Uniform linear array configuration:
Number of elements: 64
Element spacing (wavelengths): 1
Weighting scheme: blackman
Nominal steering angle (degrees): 45
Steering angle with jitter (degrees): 43.972
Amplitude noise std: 0.05
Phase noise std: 0.05

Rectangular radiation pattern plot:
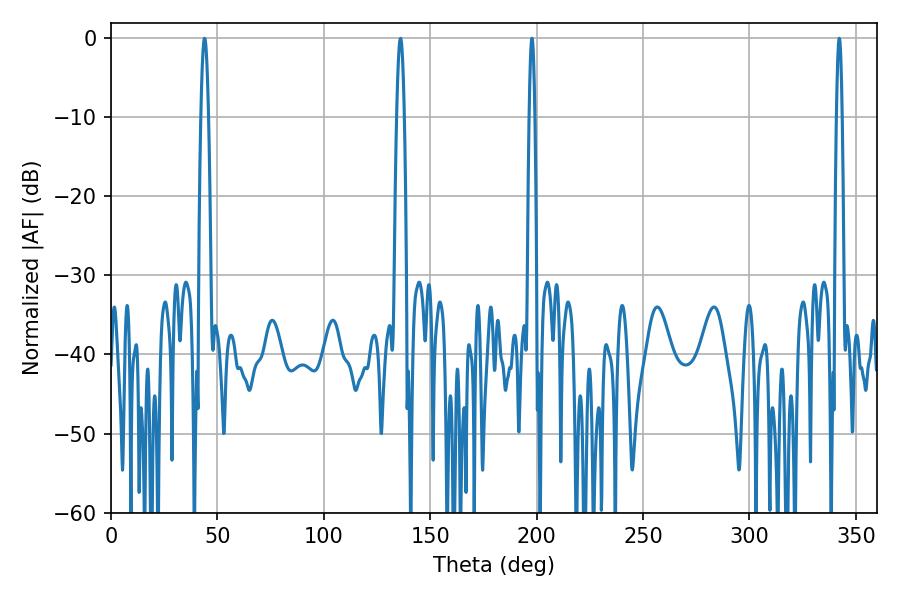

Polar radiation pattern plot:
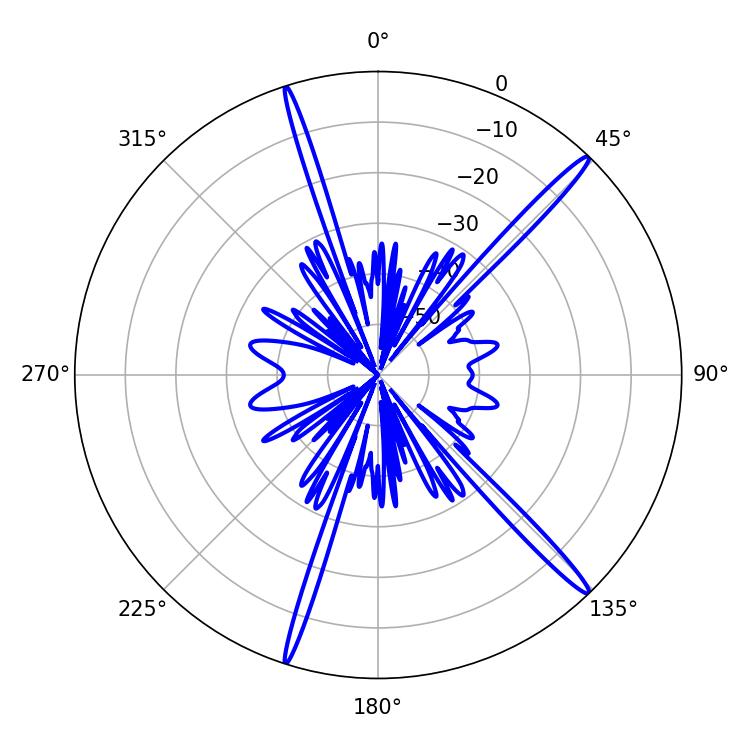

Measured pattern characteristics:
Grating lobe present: TRUE
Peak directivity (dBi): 17.566
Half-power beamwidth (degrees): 1.44
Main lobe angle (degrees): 342.18